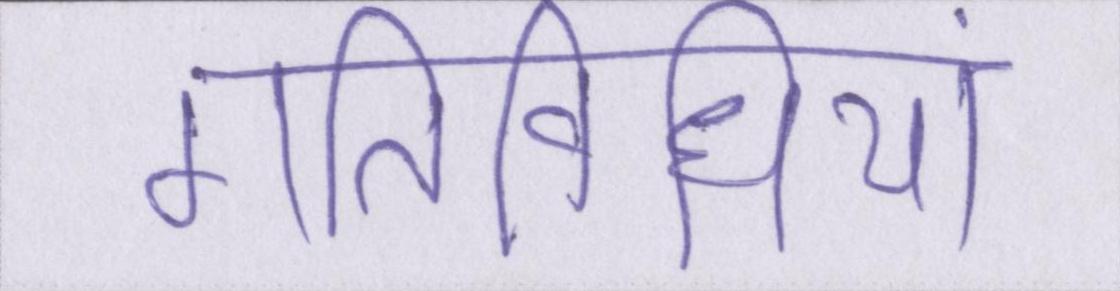
गतिविधियां